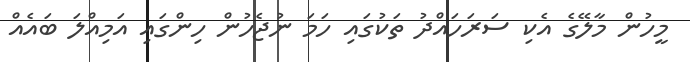
މީހުން މާލޭގެ އެކި ސަރަހައްދު ތަކުގައި ހަމަ ނުޖެހުން ހިންގައި އަމިއްލަ ބައެއް